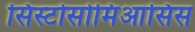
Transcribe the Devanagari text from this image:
सिस्टोसोमिआसिस